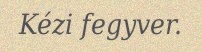
Kézi fegyver.